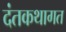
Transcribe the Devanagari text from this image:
दंतकथागत